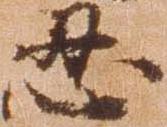
忍